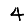
Digit: 4